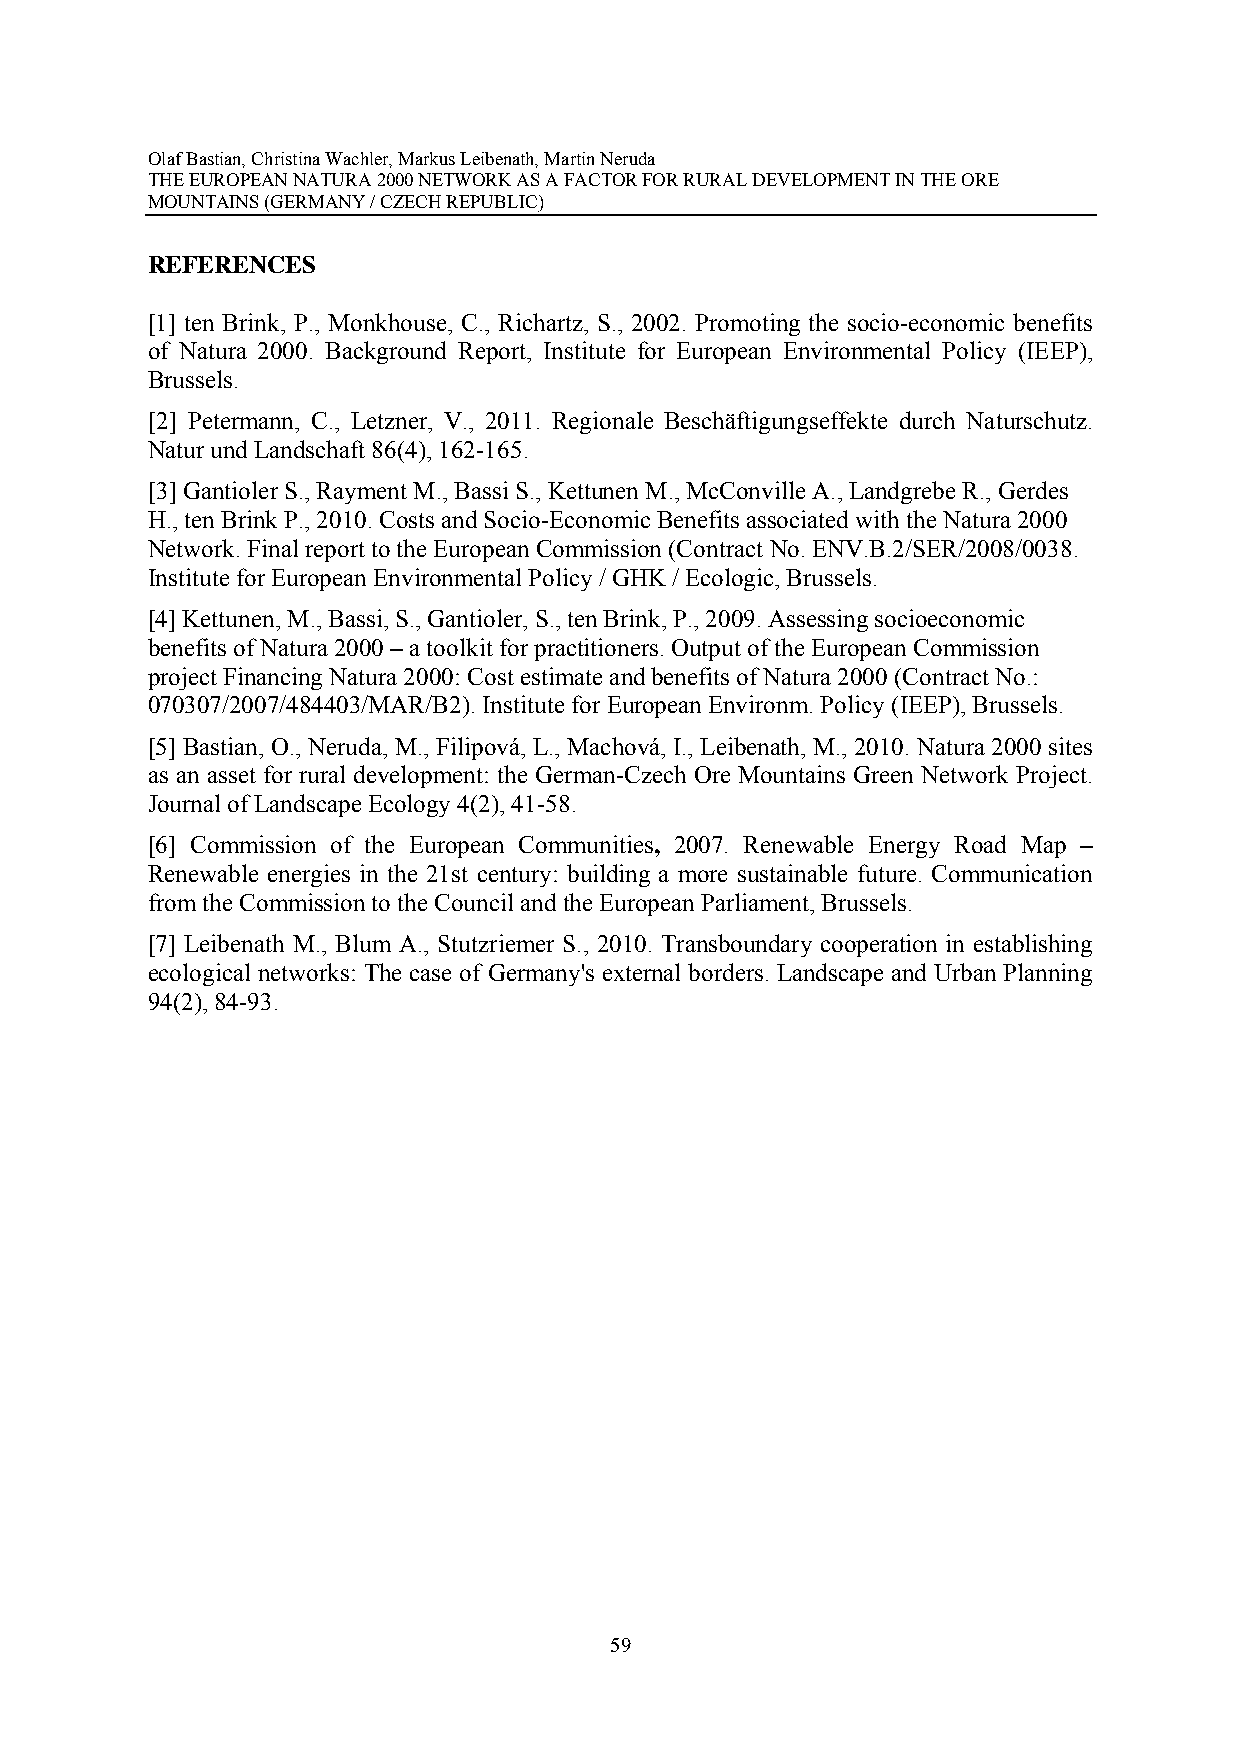
Olaf Bastian, Christina Wachler, Markus Leibenath, Martin Neruda
 THE EUROPEAN NATURA 2000 NETWORK AS A FACTOR FOR RURAL DEVELOPMENT IN THE ORE
 MOUNTAINS (GERMANY / CZECH REPUBLIC)
 REFERENCES
 [1] ten Brink, P., Monkhouse, C., Richartz, S., 2002. Promoting the socio-economic benefits
 of Natura 2000. Background Report, Institute for European Environmental Policy (IEEP),
 Brussels.
 [2] Petermann, C., Letzner, V., 2011. Regionale Beschäftigungseffekte durch Naturschutz.
 Natur und Landschaft 86(4), 162-165.
 [3] Gantioler S., Rayment M., Bassi S., Kettunen M., McConville A., Landgrebe R., Gerdes
 H., ten Brink P., 2010. Costs and Socio-Economic Benefits associated with the Natura 2000
 Network. Final report to the European Commission (Contract No. ENV.B.2/SER/2008/0038.
 Institute for European Environmental Policy / GHK / Ecologic, Brussels.
 [4] Kettunen, M., Bassi, S., Gantioler, S., ten Brink, P., 2009. Assessing socioeconomic
 benefits of Natura 2000 – a toolkit for practitioners. Output of the European Commission
 project Financing Natura 2000: Cost estimate and benefits of Natura 2000 (Contract No.:
 070307/2007/484403/MAR/B2). Institute for European Environm. Policy (IEEP), Brussels.
 [5] Bastian, O., Neruda, M., Filipová, L., Machová, I., Leibenath, M., 2010. Natura 2000 sites
 as an asset for rural development: the German-Czech Ore Mountains Green Network Project.
 Journal of Landscape Ecology 4(2), 41-58.
 [6] Commission of the European Communities, 2007. Renewable Energy Road Map –
 Renewable energies in the 21st century: building a more sustainable future. Communication
 from the Commission to the Council and the European Parliament, Brussels.
 [7] Leibenath M., Blum A., Stutzriemer S., 2010. Transboundary cooperation in establishing
 ecological networks: The case of Germany's external borders. Landscape and Urban Planning
 94(2), 84-93.
 59